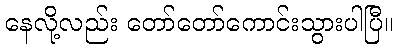
နေလို့လည်း တော်တော်ကောင်းသွားပါပြီ။